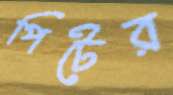
পিটের